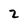
Character: 2